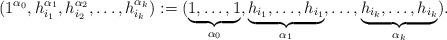
LaTeX: \begin{align*}(1^{\alpha_0},h_{i_1}^{\alpha_1},h_{i_2}^{\alpha_2},\ldots,h_{i_k}^{\alpha_k}) := (\underbrace{1,\ldots,1}_{\alpha_0},\underbrace{h_{i_1},\ldots,h_{i_1}}_{\alpha_1},\ldots,\underbrace{h_{i_k},\ldots,h_{i_k}}_{\alpha_k}).\end{align*}